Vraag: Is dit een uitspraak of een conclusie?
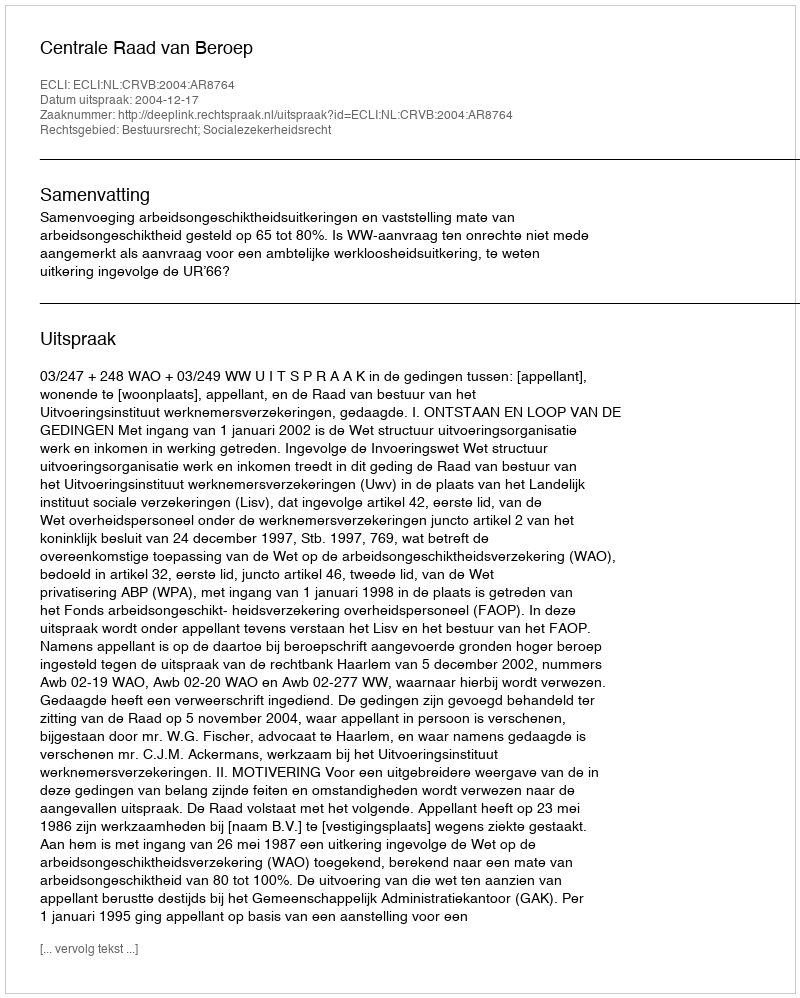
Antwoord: Uitspraak